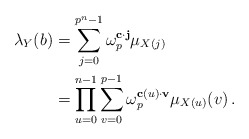
\begin{align*}\lambda_Y(b)& = \sum_{j=0}^{p^n-1} \omega_p^{\mathbf{c} \cdot \mathbf{j}} \mu_{X(j)}\\& = \prod_{u=0}^{n-1}\sum_{v=0}^{p-1} \omega_p^{\mathbf{c}(u) \cdot \mathbf{v}} \mu_{X(u)}(v)\,.\end{align*}